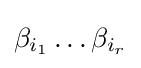
\beta _{i_{1}}\ldots \beta _{i_{r}}